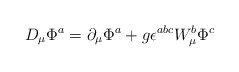
\begin{align*}D_{\mu} \Phi ^a = \partial _{\mu} \Phi ^a + g \epsilon ^{abc}W_{\mu} ^b \Phi ^c\end{align*}